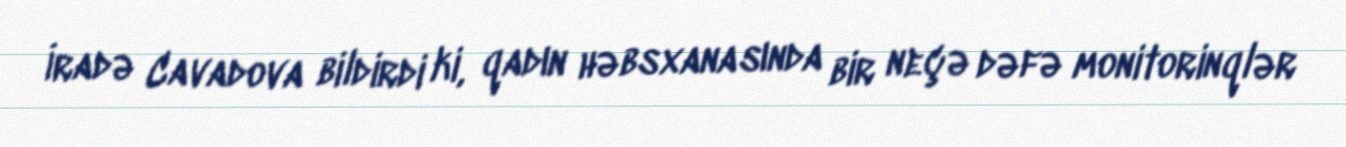
İradə Cavadova bildirdi ki, qadın həbsxanasında bir neçə dəfə monitorinqlər